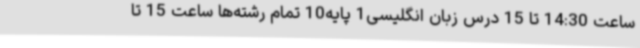
ساعت 14:30 تا 15 درس زبان انگلیسی1 پایه10 تمام رشته‌ها ساعت 15 تا